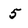
Character: 5